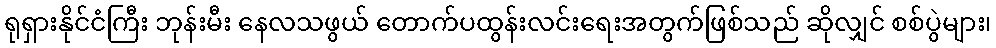
ရုရှားနိုင်ငံကြီး ဘုန်းမီး နေလသဖွယ် တောက်ပထွန်းလင်းရေးအတွက်ဖြစ်သည် ဆိုလျှင် စစ်ပွဲများ၊